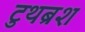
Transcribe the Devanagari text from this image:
टुथब्रश